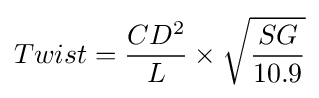
Twist={\frac {CD^{2}}{L}}\times {\sqrt {\frac {SG}{10.9}}}